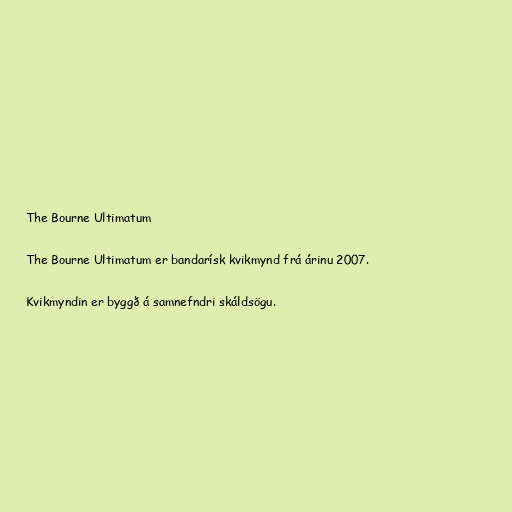
The Bourne Ultimatum

The Bourne Ultimatum er bandarísk kvikmynd frá árinu 2007.

Kvikmyndin er byggð á samnefndri skáldsögu.